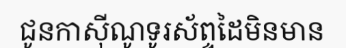
ជូនកាស៊ីណូទូរស័ព្ទដៃមិនមាន